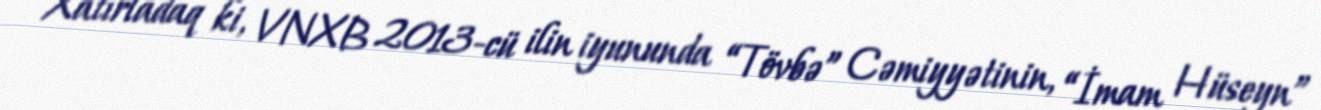
Xatırladaq ki, VNXB 2013-cü ilin iyununda “Tövbə” Cəmiyyətinin, “İmam Hüseyn”